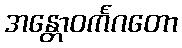
အန္တောဝင်္ကဂတော